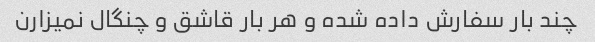
چند بار سفارش داده شده و هر بار قاشق و چنگال نمیزارن